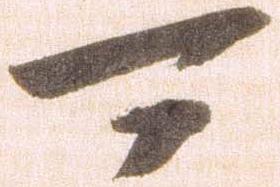
可